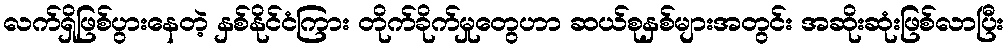
လက်ရှိဖြစ်ပွားနေတဲ့ နှစ်နိုင်ငံကြား တိုက်ခိုက်မှုတွေဟာ ဆယ်စုနှစ်များအတွင်း အဆိုးဆုံးဖြစ်လာပြီး